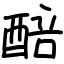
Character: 醅